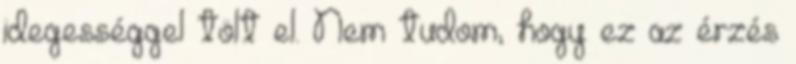
idegességgel tölt el. Nem tudom, hogy ez az érzés